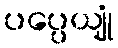
ပပ္ပေယျုံ